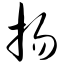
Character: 扬